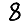
Digit: 8